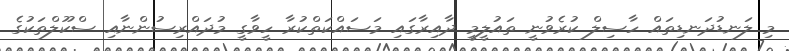
މި ލަނޑުދަނޑިތައް ހާސިލް ކުރެވުނީ ތައުލީމީ ދާއިރާގައި މަސައްކަތްކުރާ ހީވާގީ މުދައްރިސުންނާއި ސްކޫލްތަކުގެ